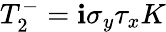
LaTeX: T_{2}^{-}=\mathbf{i}\sigma_{y}\tau_{x}K